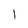
Character: l